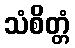
သံစိတ္တံ